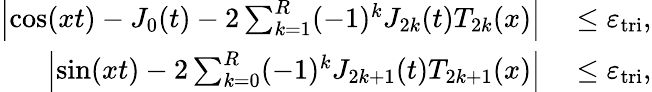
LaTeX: \begin{array}{rl}{\left|\cos(xt)-J_{0}(t)-2\sum_{k=1}^{R}(-1)^{k}J_{2k}(t)T_{2k}(x)\right|}&{{}\leq\varepsilon_{\mathrm{tri}},}\\ {\left|\sin(xt)-2\sum_{k=0}^{R}(-1)^{k}J_{2k+1}(t)T_{2k+1}(x)\right|}&{{}\leq\varepsilon_{\mathrm{tri}},}\end{array}